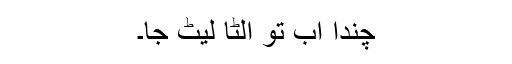
چندا اب تو الٹا لیٹ جا۔